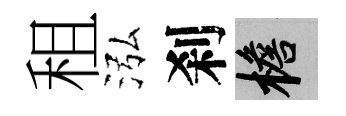
租泓刹檐